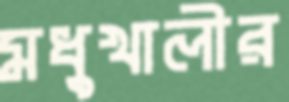
মধুখালীর